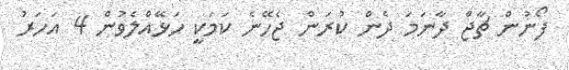
ފޯނުން ޗާޖް ދާނަމަ ދެން ކުރަން ޖެހޭނެ ކަމަކީ ހަޅޭއްލެވުން 4 އަހަރު